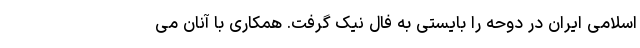
اسلامی ایران در دوحه را بایستی به فال نیک گرفت. همکاری با آنان می